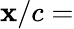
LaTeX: \mathbf{x}/c=